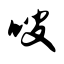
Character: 嗖